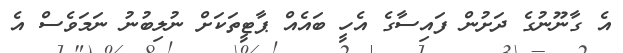
އެ ގާނޫނުގެ ދަށުން ފައިސާގެ އެހީ ބައެއް ޕާޓީތަކަށް ނުލިބުނު ނަމަވެސް އެ